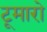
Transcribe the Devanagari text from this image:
टूमारो